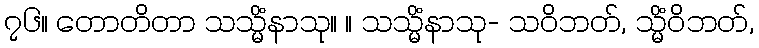
၇၆။ တောတိတာ သသ္မိံနာသု။ ။ သသ္မိံနာသု- သဝိဘတ်, သ္မိံဝိဘတ်,